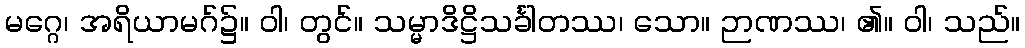
မဂ္ဂေ၊ အရိယာမဂ်၌။ ဝါ၊ တွင်။ သမ္မာဒိဋ္ဌိသင်္ခါတဿ၊ သော။ ဉာဏဿ၊ ၏။ ဝါ၊ သည်။